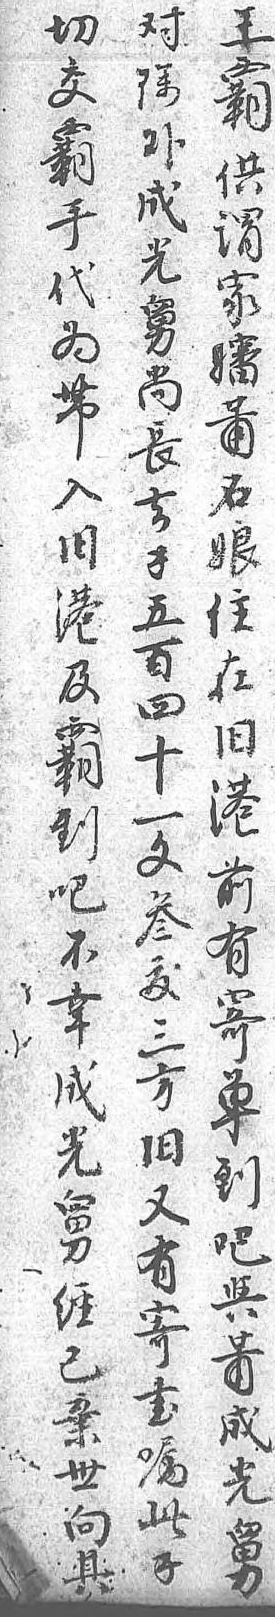
對王切除霸交外供霸成謂手光家代舅嬸爲尚莆帶長石入去娘舊錢住港五在及百舊霸四港到十前吧一有不文寄幸叁單成鈸到光三吧舅方與經舊莆已又成棄有光世寄舅向書 其囑  此  錢